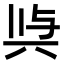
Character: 𭁉